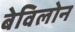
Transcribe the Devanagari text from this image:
बेविलोन